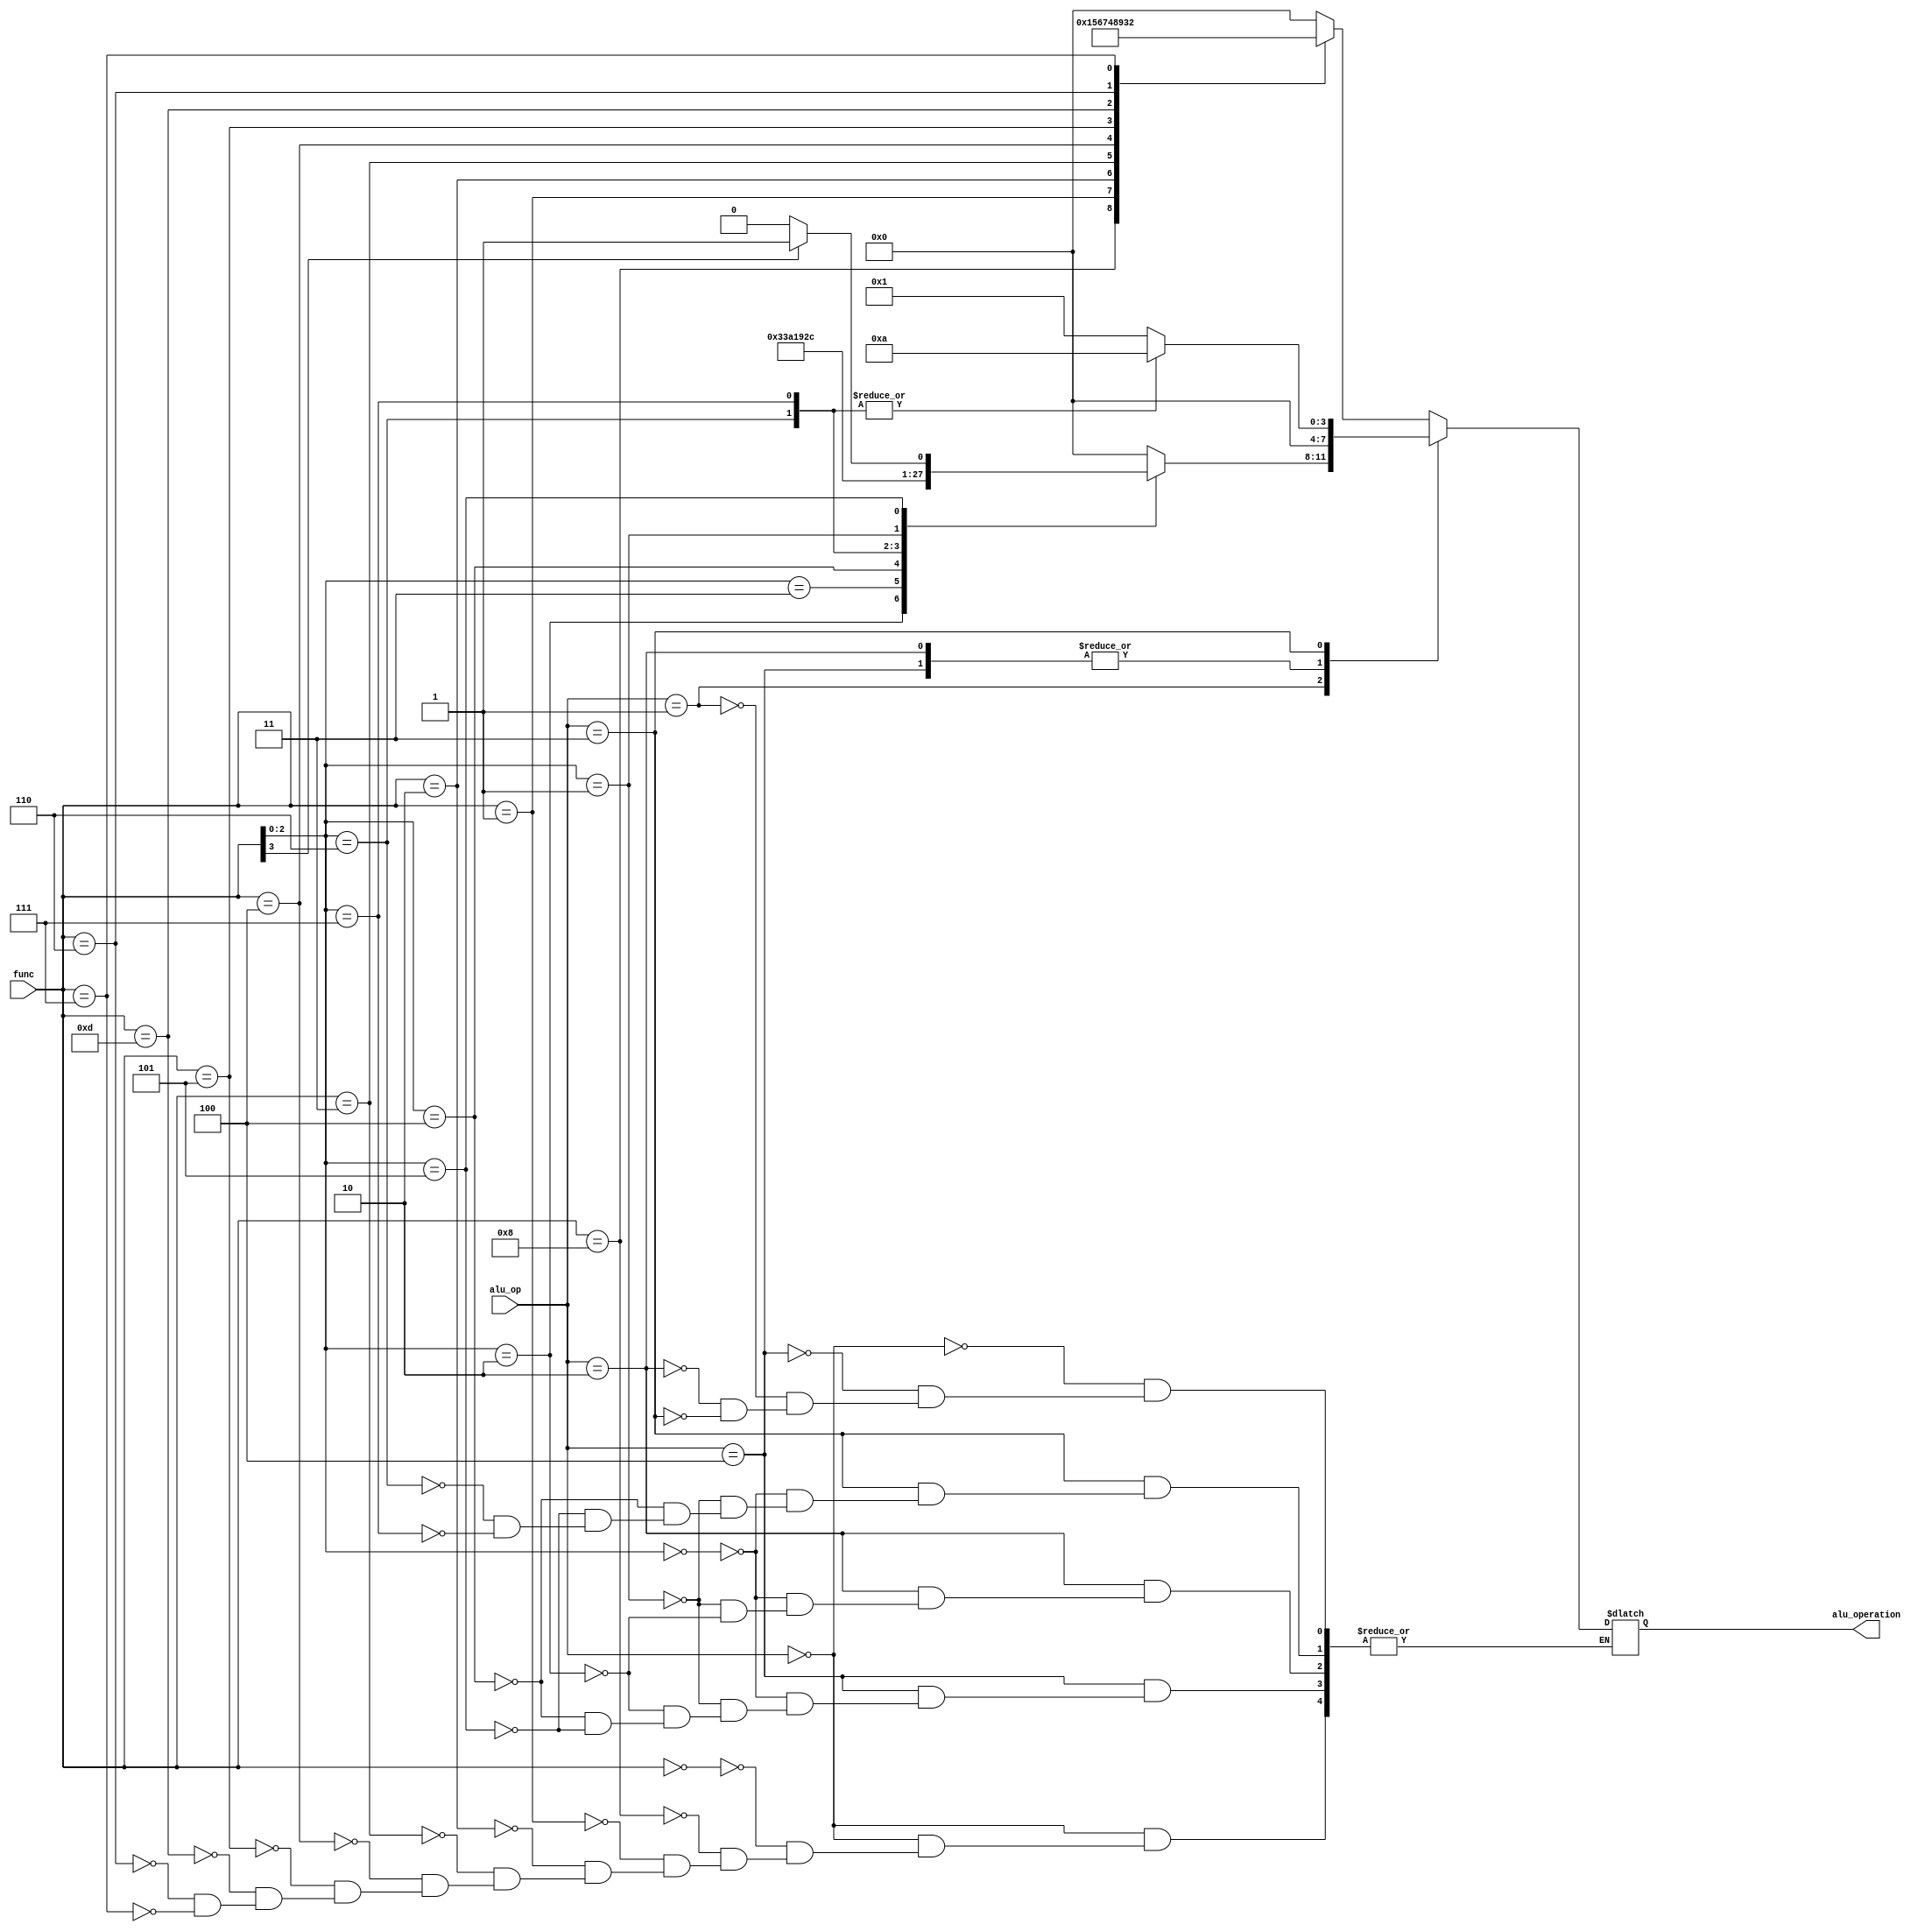
module alu_control(
  input       [2:0] alu_op,
  input       [3:0] func,
  output reg  [3:0] alu_operation
);
  localparam      R_TYPE       = 3'b000;
  localparam      I_TYPE_L     = 3'b100;
  localparam      I_TYPE_A     = 3'b001;
  localparam      S_TYPE       = 3'b010;
  localparam      SB_TYPE      = 3'b011;
  always @(*) begin
    case(alu_op)
      R_TYPE: begin
        case(func)
          4'b0000: begin // add
            alu_operation = 4'b0000;
          end
          4'b1000: begin // sub
            alu_operation = 4'b0001;
          end
          4'b0001: begin // sll
            alu_operation = 4'b0101;
          end
          4'b0010: begin // slt
            alu_operation = 4'b0110;
          end
          4'b0011: begin // sltu
            alu_operation = 4'b0111;
          end
          4'b0100: begin // xor
            alu_operation = 4'b0100;
          end
          4'b0101: begin // srl
            alu_operation = 4'b1000;
          end
          4'b1101: begin // sra
            alu_operation = 4'b1001;
          end
          4'b0110: begin // or
            alu_operation = 4'b0011;
          end
          4'b0111: begin  // and
            alu_operation = 4'b0010;
          end
        endcase
      end
      I_TYPE_L: begin
        case(func[2:0])
          3'b000: begin // lb
            alu_operation = 4'b0000;
          end
          3'b001: begin // lh
            alu_operation = 4'b0000;
          end
          3'b010: begin // lw
            alu_operation = 4'b0000;
          end
          3'b100: begin // lbu
            alu_operation = 4'b0000;
          end
          3'b101: begin // lhu
            alu_operation = 4'b0000;
          end
        endcase
      end

      I_TYPE_A: begin
        case(func[2:0])
          3'b000: begin // addi
            alu_operation = 4'b0000;
          end
          3'b010: begin // slti
            alu_operation = 4'b0110;
          end
          3'b011: begin // sltiu
            alu_operation = 4'b0111;
          end
          3'b100: begin // xori
            alu_operation = 4'b0100;
          end
          3'b110: begin // ori
            alu_operation = 4'b0011;
          end
          3'b111: begin // andi
            alu_operation = 4'b0010;
          end
          3'b001: begin // slli
            alu_operation = 4'b0101;
          end
          3'b101: begin
            if(func[3]) begin // srai
              alu_operation = 4'b1001;
            end
            else begin        // srli
              alu_operation = 4'b1000;
            end
          end
        endcase
      end

      S_TYPE: begin
        case(func[2:0])
          3'b000: begin // sb
            alu_operation = 4'b0000;
          end
          3'b001: begin // sh
            alu_operation = 4'b0000;
          end
          3'b010: begin // sw
            alu_operation = 4'b0000;
          end
        endcase
      end

      SB_TYPE: begin
        case(func[2:0])
          3'b000: begin // beq
            alu_operation = 4'b0001;
          end
          3'b001: begin // bne
            alu_operation = 4'b0001;
          end
          3'b100: begin // blt
            alu_operation = 4'b0001;
          end
          3'b101: begin // bge
            alu_operation = 4'b0001;
          end
          3'b110: begin // bltu
            alu_operation = 4'b1010;
          end
          3'b111: begin // bgeu
            alu_operation = 4'b1010;
          end
        endcase
      end
    endcase
  end
endmodule